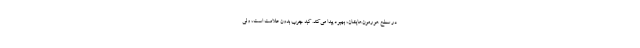
در سطح هورمون‌هایشان، بهبود پیدا می‌کند. کبد چرب بدون علامت است، ولی